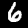
Digit: 6